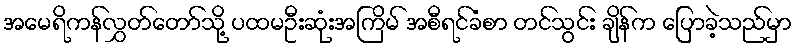
အမေရိကန်လွှတ်တော်သို့ ပထမဦးဆုံးအကြိမ် အစီရင်ခံစာ တင်သွင်း ချိန်က ပြောခဲ့သည်မှာ